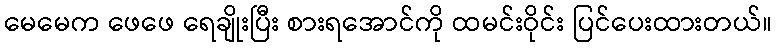
မေမေက ဖေဖေ ရေချိုးပြီး စားရအောင်ကို ထမင်းဝိုင်း ပြင်ပေးထားတယ်။